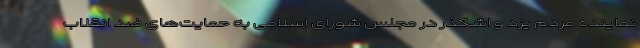
نماینده مردم یزد و اشکذر در مجلس شورای اسلامی به حمایت‌های ضد انقلاب